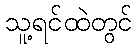
သူ့ရင်ထဲတွင်